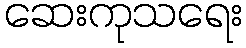
ဆေးကုသရေး